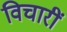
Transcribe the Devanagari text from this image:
विचारीं